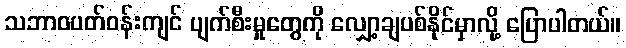
သဘာဝပတ်ဝန်းကျင် ပျက်စီးမှုတွေကို လျှော့ချပစ်နိုင်မှာလို့ ပြောပါတယ်။